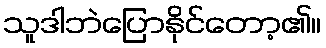
သူဒါဘဲပြောနိုင်တော့၏။